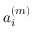
a _ { i } ^ { ( m ) }